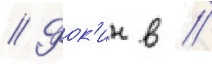
// Фок'ин в //